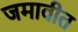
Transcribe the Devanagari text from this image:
जमावीत